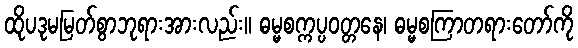
ထိုပဒုမမြတ်စွာဘုရားအားလည်း။ ဓမ္မစက္ကပ္ပဝတ္တနေ၊ ဓမ္မစကြာတရားတော်ကို